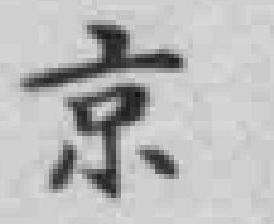
京